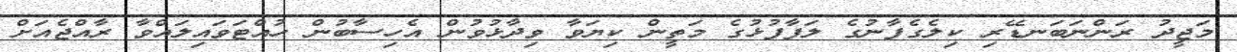
މަޖީދު ރަންނަބަނޑޭރި ކިލެގެފާނުގެ ލަފާފުޅުގެ މަތީން ކިޔަވާ ވިދާޅުވުން އެހިސާބުން ހުއްޓަވައިލައްވާ ރާއްޖެއަށް